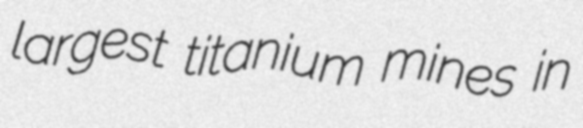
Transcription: largest titanium mines in